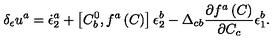
\delta _ { \epsilon } u ^ { a } = \dot { \epsilon } _ { 2 } ^ { a } + \left[ C _ { b } ^ { 0 } , f ^ { a } \left( C \right) \right] \epsilon _ { 2 } ^ { b } - \Delta _ { c b } \frac { \partial f ^ { a } \left( C \right) } { \partial C _ { c } } \epsilon _ { 1 } ^ { b } .